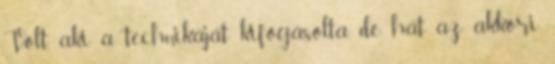
Volt, aki a technikáját kifogásolta, de hát az akkori